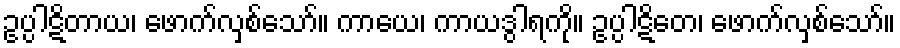
ဥပ္ပါဋိတာယ၊ ဖောက်လှစ်သော်။ ကာယေ၊ ကာယဒွါရကို။ ဥပ္ပါဋိတေ၊ ဖောက်လှစ်သော်။